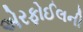
એરફોઈલની